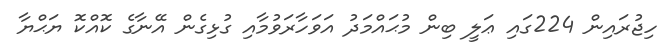
ހިޖުރައިން 224ގައި ޢަލީ ބިން މުޙައްމަދު އަވަހާރަވުމާއި ގުޅިގެން އޭނާގެ ކޮއްކޮ ޔަޙްޔާ